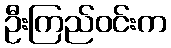
ဦးကြည်ဝင်းက